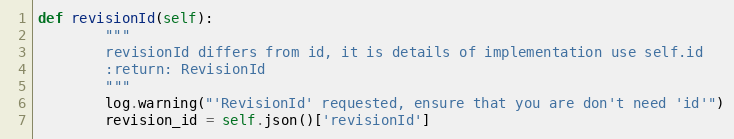
Language: Python
def revisionId(self):
        """
        revisionId differs from id, it is details of implementation use self.id
        :return: RevisionId
        """
        log.warning("'RevisionId' requested, ensure that you are don't need 'id'")
        revision_id = self.json()['revisionId']